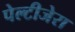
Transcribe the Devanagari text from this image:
पेल्टीजेरा